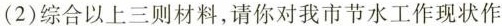
（2）综合以上三则材料，请你对我市节水工作现状作